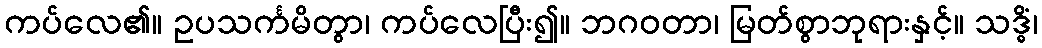
ကပ်လေ၏။ ဥပသင်္ကမိတွာ၊ ကပ်လေပြီး၍။ ဘဂဝတာ၊ မြတ်စွာဘုရားနှင့်။ သဒ္ဓိံ၊